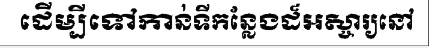
ដើម្បីទៅកាន់ទីកន្លែងដ៏អស្ចារ្យនៅ